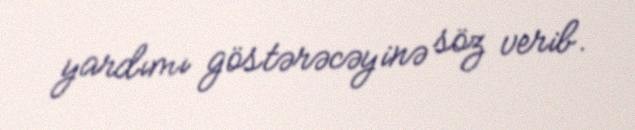
yardımı göstərəcəyinə söz verib.